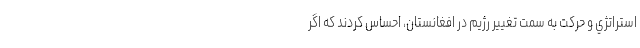
استراتژي و حركت به سمت تغيير رژيم در افغانستان، احساس كردند كه اگر